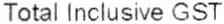
TOTAL INCLUSIVE GST